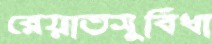
রেয়াতসুবিধা